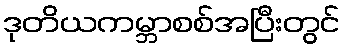
ဒုတိယကမ္ဘာစစ်အပြီးတွင်